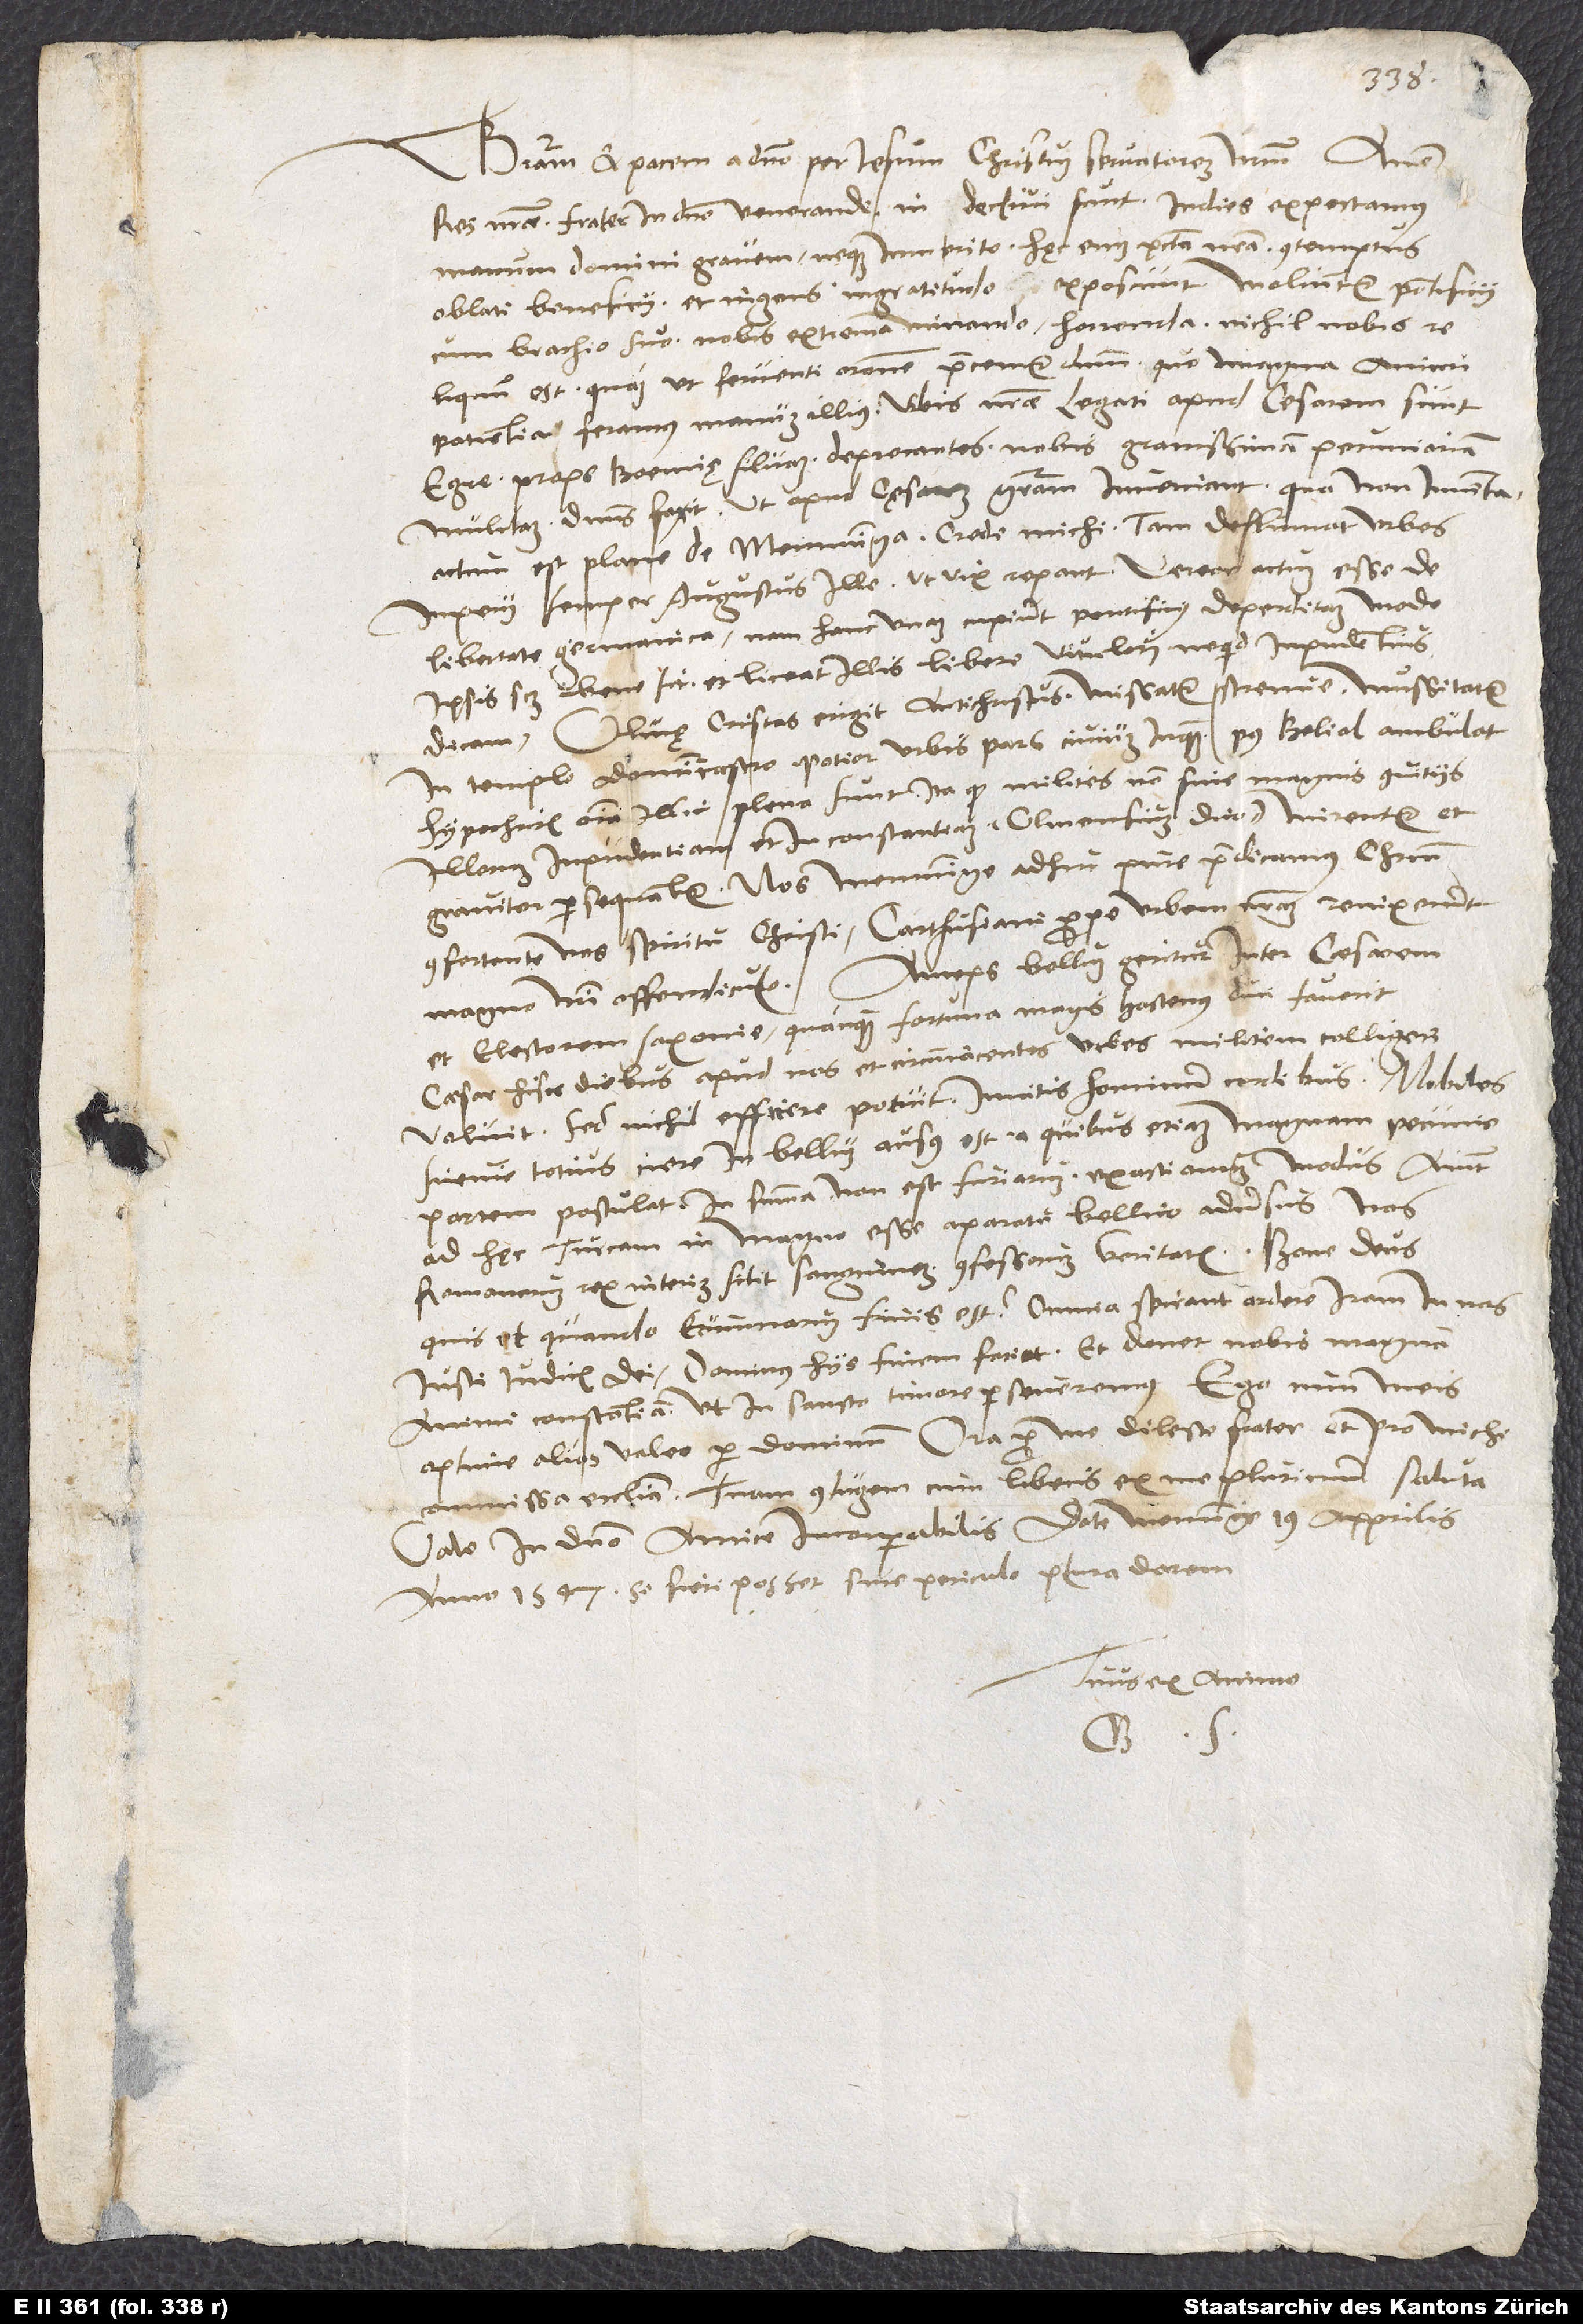
Gratiam et pacem a domino per Iesum Christum, servatorem nostrum. Amen.
Res nostrae, frater in domino venerande, in declivi sunt. In dies expectamus
manum domini gravem neque inmerito. Hęc enim peccata nostra, contemptus
oblati beneficii et ingens ingratitudo exposcunt. Moliuntur pontificii
cum brachio suo nobis extrema minando horrenda. Nichil nobis
reliquum est, quam ut ferventi oratione praecemur dominum, quo magna animi
patientia feramus manum illius. Urbis nostrae legati apud cesarem sunt
Egre, prope Boemię Silvam, deprecantes nobis gravissimam pecuniar iam
mulctam. Dominus faxit, ut apud cęsarem gratiam inveniant; qua non inventa
actum est plane de Memminga. Crede michi, tam deplumat urbes
imperii semper augustus ille, ut vix repant. Vereor actum esse de
libertate Germanica, nam hanc unam cupiunt pontificii deperditam, modo
ipsis scilicet bene sit et liceat illis libere vitulari, ne quid impudentius
dicam. Ulmę cristas erigit antichristus: Missatur strenue (mussitatur
in templo dominicastro). Potior urbis pars civium inquam post Belial ambulat!
Hypochritis omnia illic plena sunt, ita quod milites non sine magnis convitiis
illorum inpudentiam et inconstantiam (Ulmensium dico) mirentur et
graviter persequantur. Nos Memminge adhuc pure praedicamus Christum
confortante nos spiritu Christi. Carthusiani prope urbem nostram revixerunt
Anceps bellum geritur inter caesarem
magno nostri offendiculo.
et electorem Saxonie, quanquam fortuna magis hactenus duci faverit.
Caesar hisce diebus apud nos et circumiacentes urbes militem colligere
voluit, sed nichil efficere potuit invitis hominum cordibus. Nobiles
Suevie totius ciere in bellum ausus est, a quibus etiam magnam pecunie
partem postulat. In summa: Non est furiarum exactionum modus. Aiunt
ad hęc Turcam in magno esse aparatu bellico adversus nos.
Romanorum rex interim sitit sanguinem confessorum veritatis. Bone deus,
quis et quando erumnarum finis est? Omnia spirant ardere iram in nos
iusti iudicis dei. Dominus hiis finem faciat et donet nobis magnam
animi constantiam, ut in sancto timore perseveremus! Ego cum meis
optime alias valeo per dominum. Ora pro me, dilecte frater, et pro michi
commissa ecclesia. Tuam coniugem cum liberis ex me plurimum saluta.
Vale in domino, amice incomparabilis! Date Memminge, 19. apprilis
anno 1547. Si fieri posset sine periculo, plura darem.
Tuus ex animo
G. S.